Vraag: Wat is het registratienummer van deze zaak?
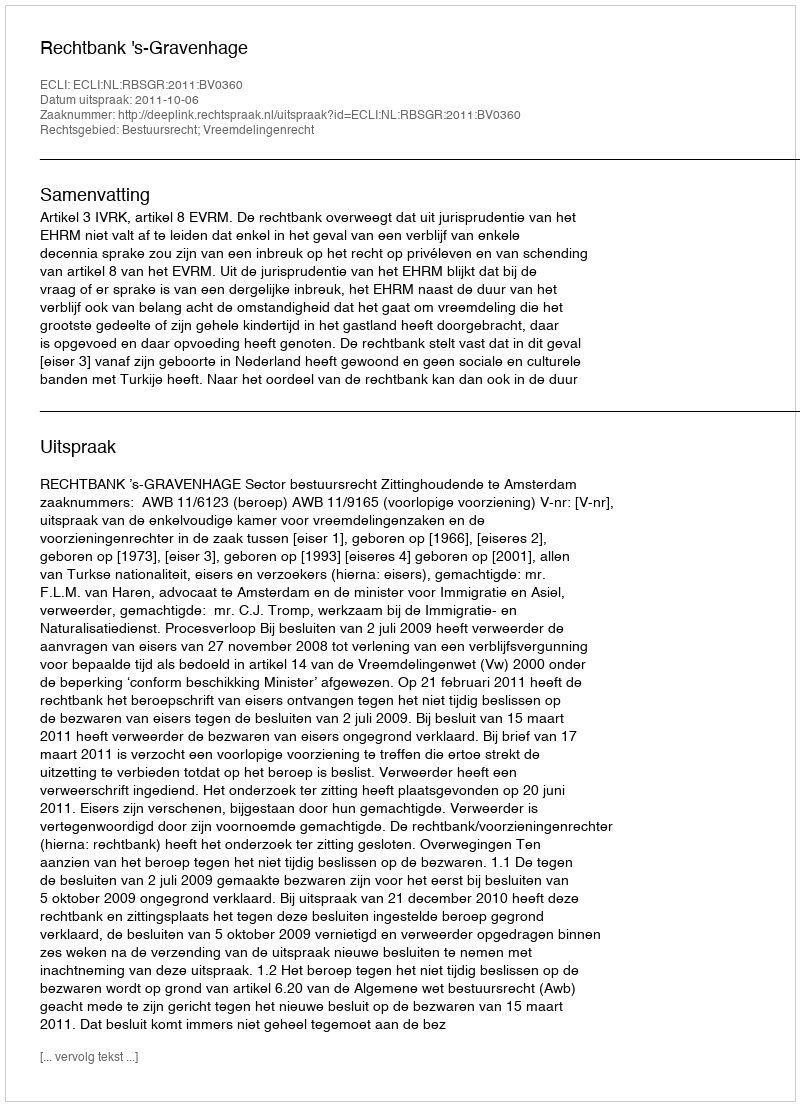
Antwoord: http://deeplink.rechtspraak.nl/uitspraak?id=ECLI:NL:RBSGR:2011:BV0360